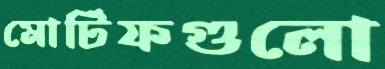
মোটিফগুলো